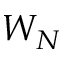
W _ { N }